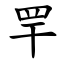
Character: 䍐